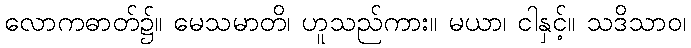
လောကဓာတ်၌။ မေသမာတိ၊ ဟူသည်ကား။ မယာ၊ ငါနှင့်။ သဒိသာဝ၊